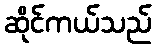
ဆိုင်ကယ်သည်